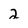
Character: 2